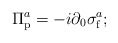
\begin{align*}\Pi_{\rm p}^{a} = -i\partial_{0}\sigma_{\rm f}^{a};\end{align*}